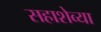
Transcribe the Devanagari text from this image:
सहाशेव्या